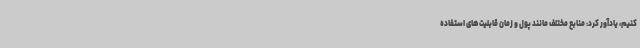
کنیم، یادآور کرد: منابع مختلف مانند پول و زمان قابلیت‌های استفاده